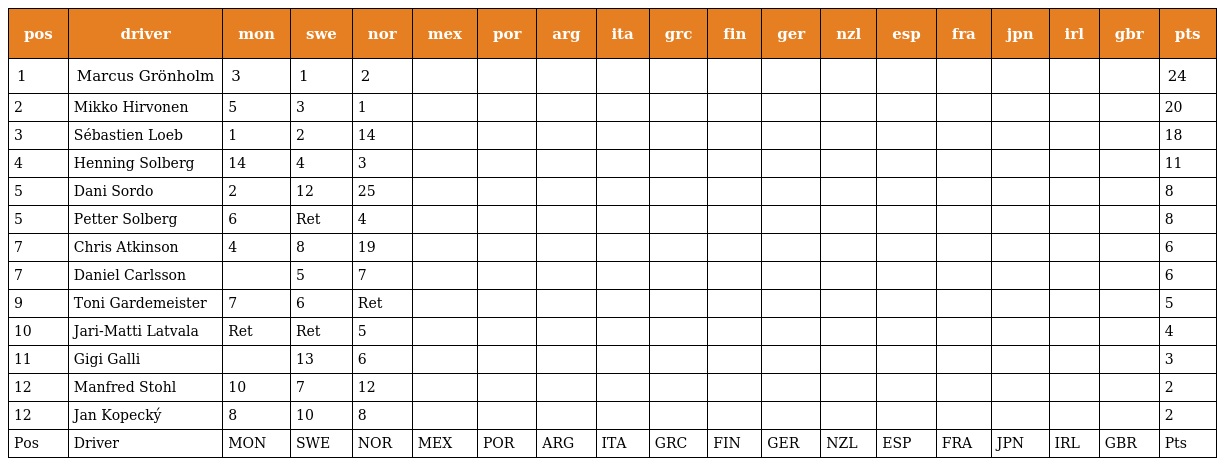
| pos | driver | mon | swe | nor | mex | por | arg | ita | grc | fin | ger | nzl | esp | fra | jpn | irl | gbr | pts |
 | --- | --- | --- | --- | --- | --- | --- | --- | --- | --- | --- | --- | --- | --- | --- | --- | --- | --- | --- |
 | 1 | Marcus Grönholm | 3 | 1 | 2 |  |  |  |  |  |  |  |  |  |  |  |  |  | 24 |
 | 2 | Mikko Hirvonen | 5 | 3 | 1 |  |  |  |  |  |  |  |  |  |  |  |  |  | 20 |
 | 3 | Sébastien Loeb | 1 | 2 | 14 |  |  |  |  |  |  |  |  |  |  |  |  |  | 18 |
 | 4 | Henning Solberg | 14 | 4 | 3 |  |  |  |  |  |  |  |  |  |  |  |  |  | 11 |
 | 5 | Dani Sordo | 2 | 12 | 25 |  |  |  |  |  |  |  |  |  |  |  |  |  | 8 |
 | 5 | Petter Solberg | 6 | Ret | 4 |  |  |  |  |  |  |  |  |  |  |  |  |  | 8 |
 | 7 | Chris Atkinson | 4 | 8 | 19 |  |  |  |  |  |  |  |  |  |  |  |  |  | 6 |
 | 7 | Daniel Carlsson |  | 5 | 7 |  |  |  |  |  |  |  |  |  |  |  |  |  | 6 |
 | 9 | Toni Gardemeister | 7 | 6 | Ret |  |  |  |  |  |  |  |  |  |  |  |  |  | 5 |
 | 10 | Jari-Matti Latvala | Ret | Ret | 5 |  |  |  |  |  |  |  |  |  |  |  |  |  | 4 |
 | 11 | Gigi Galli |  | 13 | 6 |  |  |  |  |  |  |  |  |  |  |  |  |  | 3 |
 | 12 | Manfred Stohl | 10 | 7 | 12 |  |  |  |  |  |  |  |  |  |  |  |  |  | 2 |
 | 12 | Jan Kopecký | 8 | 10 | 8 |  |  |  |  |  |  |  |  |  |  |  |  |  | 2 |
 | Pos | Driver | MON | SWE | NOR | MEX | POR | ARG | ITA | GRC | FIN | GER | NZL | ESP | FRA | JPN | IRL | GBR | Pts |